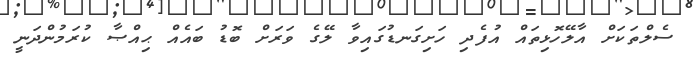
ސެލްތަކަށް އާލޭހޮޅިތައް އުފެދި ހަށިގަނޑުގައިވާ ލޭގެ ވަރަށް ބޮޑު ބައެއް ޙިއްޞާ ކުރަމުންދަނީ